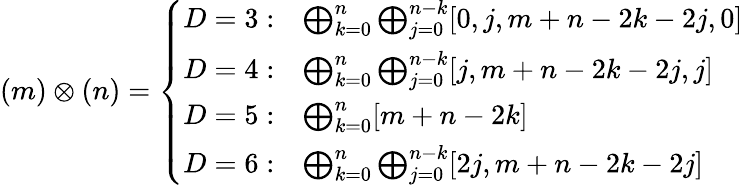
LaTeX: (m)\otimes(n)=\left\{ \begin{array}{ll}{{D=3:}}&{{\bigoplus_{k=0}^{n}\bigoplus_{j=0}^{n-k}[0,j,m+n-2k-2j,0]}}\\ {{D=4:}}&{{\bigoplus_{k=0}^{n}\bigoplus_{j=0}^{n-k}[j,m+n-2k-2j,j]}}\\ {{D=5:}}&{{\bigoplus_{k=0}^{n}[m+n-2k]}}\\ {{D=6:}}&{{\bigoplus_{k=0}^{n}\bigoplus_{j=0}^{n-k}[2j,m+n-2k-2j]}}\end{array}\right.